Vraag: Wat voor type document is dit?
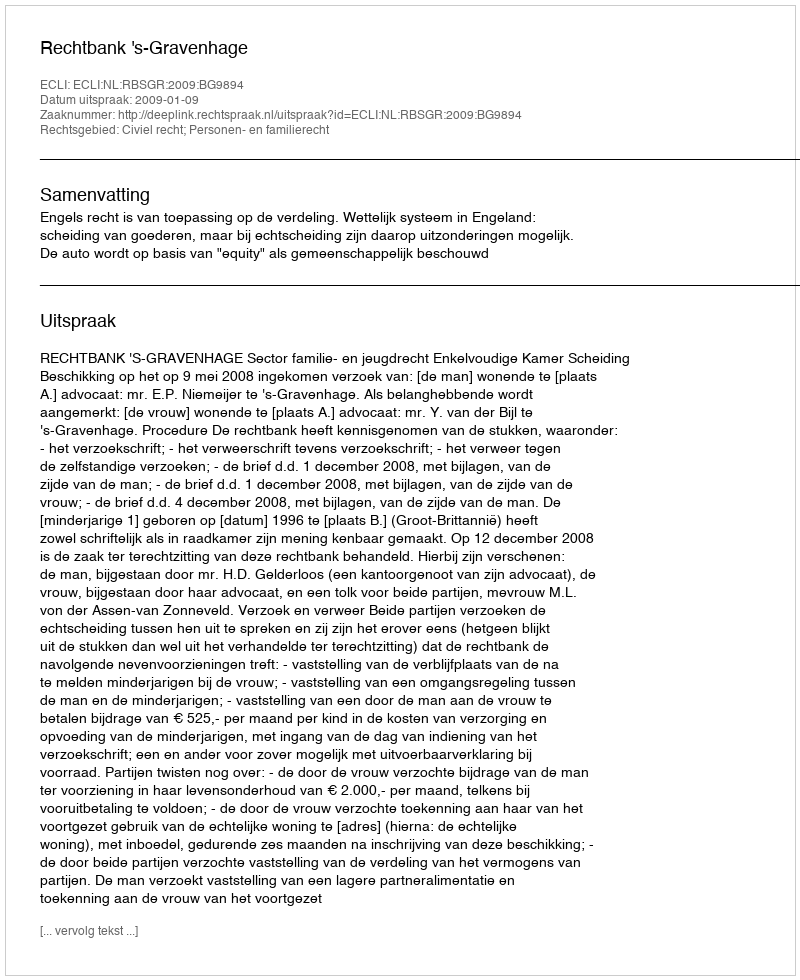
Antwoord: Uitspraak